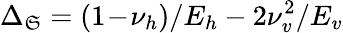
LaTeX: \Delta_{\mathfrak{S}}=(1\! -\! \nu_{h})/E_{h}-2\nu_{v}^{2}/E_{v}